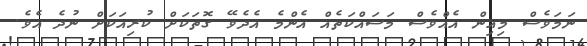
ނަމަވެސް މިއިން އެއްވެސް މަސައްކަތެއް އެންމެ އެދެވޭ ގޮތަކަށް ކުރިއަކަށް ނުދެ އެވެ.